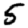
Digit: 5